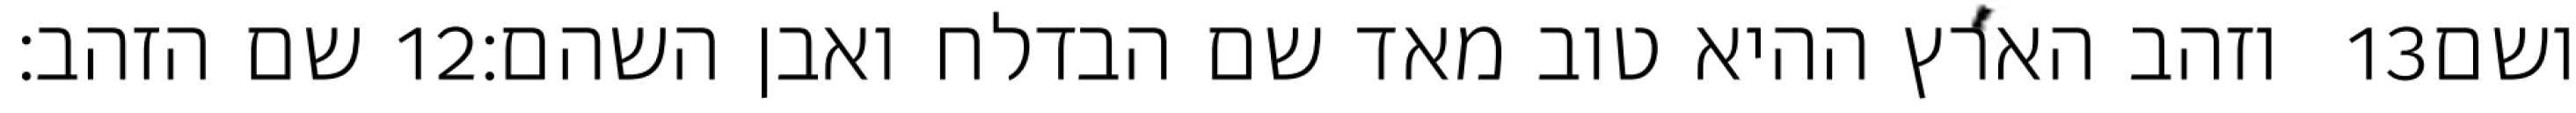
שם הזהב׃ ‎12‏ וזהב הארץ ההיא טוב מאד שם הבדלח ואבן השהם׃ ‎13‏ ושם